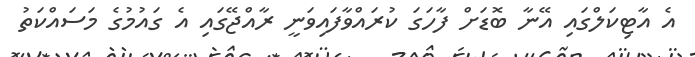
އެ އާޓިކަލްގައި އޭނާ ބޮޑަށް ފާހަގަ ކުރައްވާފައިވަނީ ރާއްޖޭގައި އެ ގައުމުގެ މަސައްކަތު